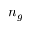
n _ { g }